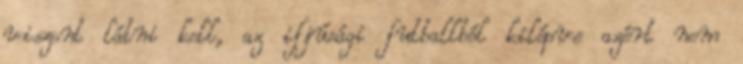
viszont látni kell, az ifjúsági futballból kilépve azért nem